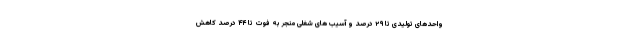
واحدهای تولیدی تا ۲۹ درصد و آسیب های شغلی منجر به فوت تا ۴۴ درصد کاهش